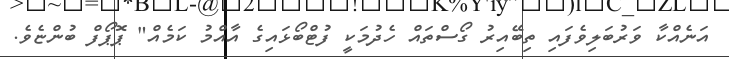
އަނެއްކާ ވަރުބަލިވެފައި ތިބޭއިރު ގޯސްތައް ހެދުމަކީ ފުޓްބޯޅައިގެ އާއްމު ކަމެއް" ޕޮޕޯފް ބުންޏެވެ.